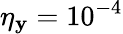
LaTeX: \eta_{\mathbf{y}}=10^{-4}